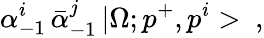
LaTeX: \alpha_{-1}^{i}\, \bar{\alpha}_{-1}^{j}\, |\Omega;p^{+},p^{i}>\ ,